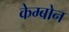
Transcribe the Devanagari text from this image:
केम्बोन